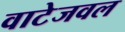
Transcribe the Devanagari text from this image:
वाटेजवल